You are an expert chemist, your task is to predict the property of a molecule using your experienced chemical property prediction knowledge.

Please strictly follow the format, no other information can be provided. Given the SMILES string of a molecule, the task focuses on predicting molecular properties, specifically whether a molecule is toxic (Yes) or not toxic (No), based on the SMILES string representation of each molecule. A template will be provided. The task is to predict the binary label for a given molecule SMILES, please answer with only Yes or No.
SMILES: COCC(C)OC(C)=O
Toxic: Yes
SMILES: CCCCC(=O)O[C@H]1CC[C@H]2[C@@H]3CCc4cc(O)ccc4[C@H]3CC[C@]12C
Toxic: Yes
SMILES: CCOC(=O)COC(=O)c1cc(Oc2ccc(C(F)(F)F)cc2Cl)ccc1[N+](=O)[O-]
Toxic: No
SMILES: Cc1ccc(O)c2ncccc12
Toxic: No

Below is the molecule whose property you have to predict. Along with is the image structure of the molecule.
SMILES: O=C(NN=Cc1ccc([N+](=O)[O-])o1)c1ccc(O)cc1
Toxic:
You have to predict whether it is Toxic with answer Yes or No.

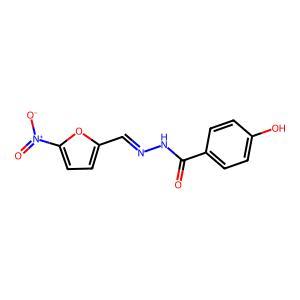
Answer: No